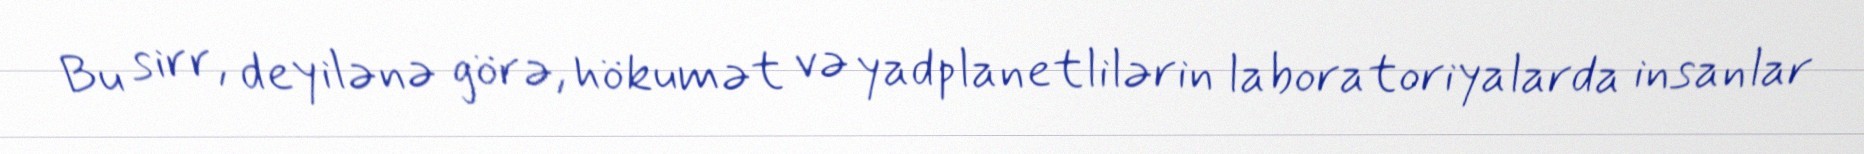
Bu sirr, deyilənə görə, hökumət və yadplanetlilərin laboratoriyalarda insanlar